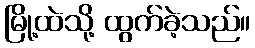
မြို့ထဲသို့ ထွက်ခဲ့သည်။